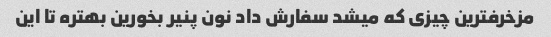
مزخرفترین چیزی که میشد سفارش داد نون پنیر بخورین بهتره تا این